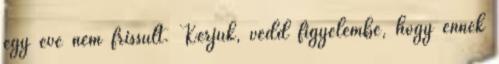
egy éve nem frissült. Kérjük, vedd figyelembe, hogy ennek